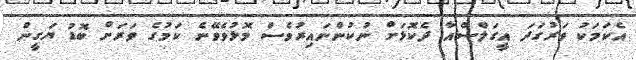
އެކަމަކު ވަރުގަދަ އީގަލްސްއާ ދެކޮޅަށް ނުކުންނައިރުވެސް މޮޅުވެވޭނެ ކަމުގެ ވަރަށް ބޮޑު ޔަގީން